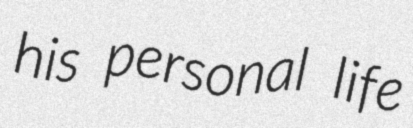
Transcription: his personal life